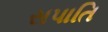
સપાતિ